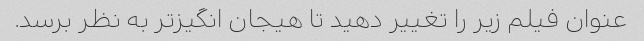
عنوان فیلم زیر را تغییر دهید تا هیجان انگیزتر به نظر برسد.